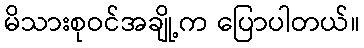
မိသားစုဝင်အချို့က ပြောပါတယ်။